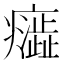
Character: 𭼷